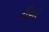
ટીબો